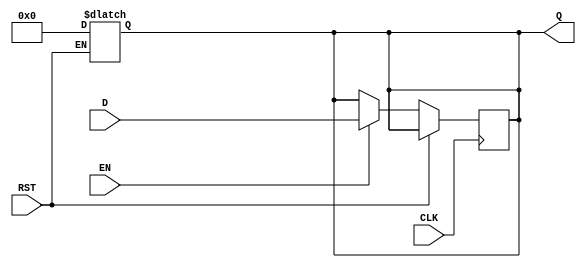
module BarrierRegister #(
    parameter WIDTH = 8  // Parameterizable width for the data input/output
)(
    input  wire [WIDTH-1:0] D,   // Data Input
    input  wire CLK,              // Clock
    input  wire EN,               // Enable
    input  wire RST,              // Asynchronous Reset
    output reg  [WIDTH-1:0] Q     // Data Output
);

    // Asynchronous Reset
    always @(*) begin
        if (RST) begin
            Q <= {WIDTH{1'b0}};     // Clear the register to zero
        end
    end

    // Sequential Logic for capturing data
    always @(posedge CLK) begin
        if (!RST) begin
            if (EN) begin
                Q <= D;             // Capture data on Enable
            end
            // If EN is low, retain the previous value of Q
        end
    end

endmodule